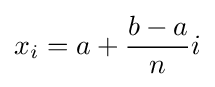
x_{i}=a+{\frac {b-a}{n}}i